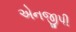
એનજીપી